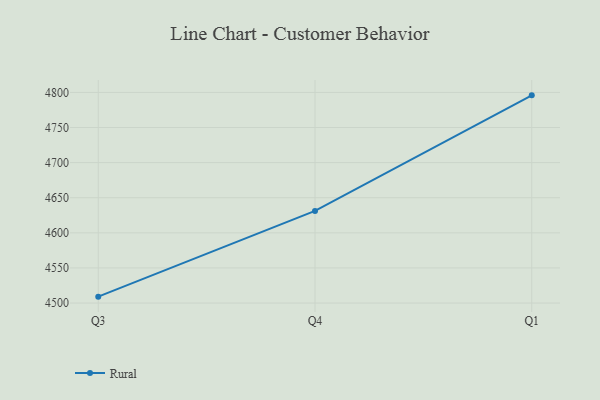
{"axis": {"x": "Quarter", "y": "Net Income (USD K)"}, "legend": ["Rural"], "data": [{"x": "Q3", "y": 4509.1, "type": "Rural"}, {"x": "Q4", "y": 4631.2, "type": "Rural"}, {"x": "Q1", "y": 4795.8, "type": "Rural"}]}